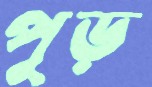
পুড়